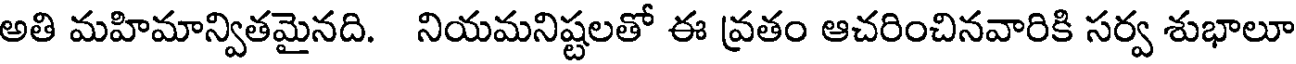
అతి మహిమాన్వితమైనది. నియమనిష్టలతో ఈ వ్రతం ఆచరించినవారికి సర్వ శుభాలూ